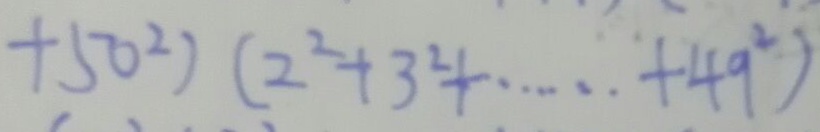
+ 5 0 ^ { 2 } ) ( 2 ^ { 2 } + 3 ^ { 2 } + \cdots + 4 9 ^ { 2 } )